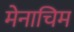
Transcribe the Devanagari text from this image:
मेनाचिम